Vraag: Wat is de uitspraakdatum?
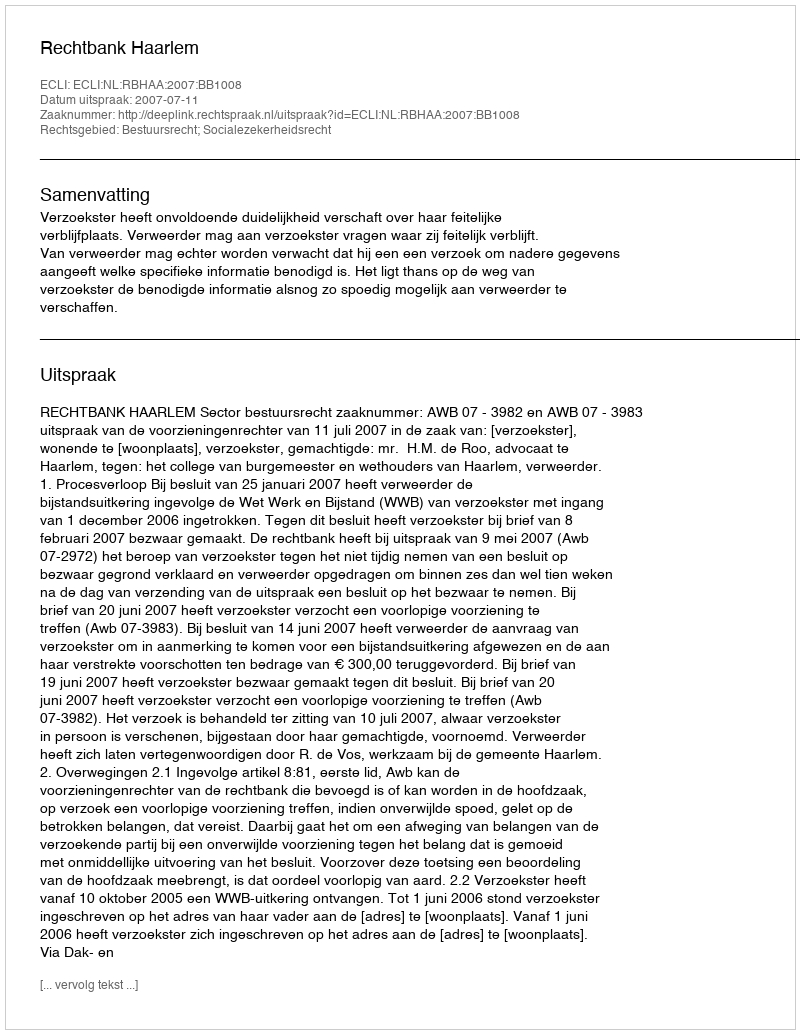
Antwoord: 2007-07-11